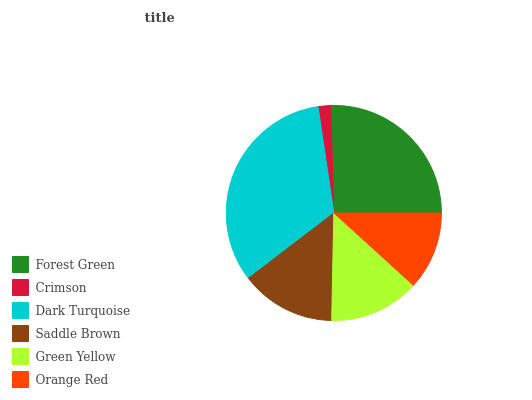
| Forest Green | Crimson | Dark Turquoise | Saddle Brown | Green Yellow | Orange Red |
 | --- | --- | --- | --- | --- | --- |
 | 25.4% | 1.88% | 33.1% | 14.3% | 13.6% | 11.7% |